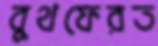
বুথফেরত